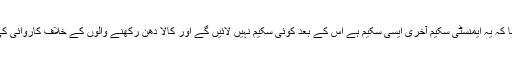
انہوں نے کہا کہ یہ ایمنسٹی سکیم آخری ایسی سکیم ہے اس کے بعد کوئی سکیم نہیں لائیں گے اور کالا دھن رکھنے والوں کے خلاف کاروائی کی جائے گی۔